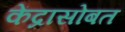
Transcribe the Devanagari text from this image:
केंद्रासोबत